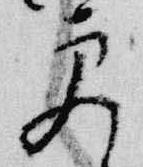
更